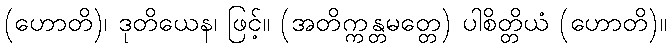
(ဟောတိ)၊ ဒုတိယေန၊ ဖြင့်။ (အတိက္ကန္တမတ္တေ) ပါစိတ္တိယံ (ဟောတိ)။